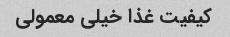
کیفیت غذا خیلی معمولی